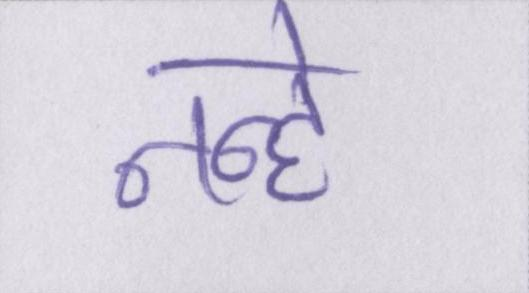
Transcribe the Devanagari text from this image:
नन्हे